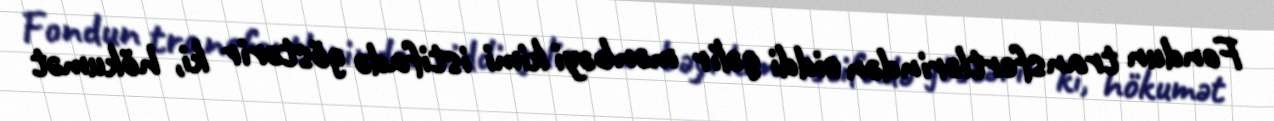
Fondun transfertlərindən ciddi gəlir mənbəyi kimi istifadə göstərir ki, hökumət